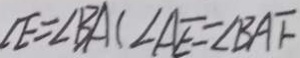
\angle E = \angle B A C \angle A E = \angle B A F